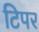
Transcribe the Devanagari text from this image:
टिपर